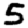
Digit: 5